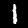
Label: 1